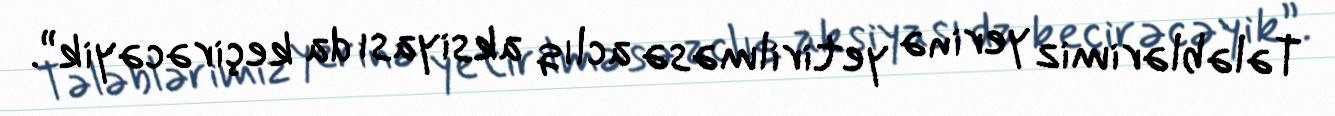
Tələblərimiz yerinə yetirilməsə aclıq aksiyası da keçirəcəyik”.